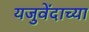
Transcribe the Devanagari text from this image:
यजुवेंदाच्या